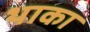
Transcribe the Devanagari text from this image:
थाका